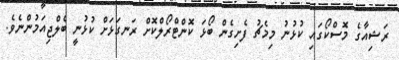
ރަޝިއާގެ މޮސްކޯގައި ކުޅުނު މިމެޗު ފެށިގެން ބޯޅަ ކޮންޓްރޯލްކޮށް ރަނގަޅަށް ކުޅުނީ ބެލްޖިއަމުންނެވެ.